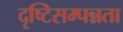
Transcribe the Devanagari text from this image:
दृष्टिसम्पन्नता